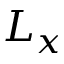
L _ { x }